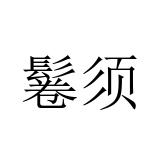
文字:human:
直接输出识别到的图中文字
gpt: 鬈须